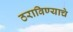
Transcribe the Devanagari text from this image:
ठराविण्याचे